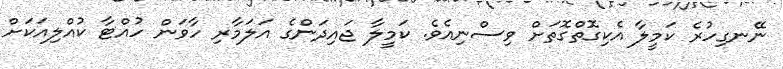
ނޭނގިހުރެ ކަމީލާ އެކިގޮތްގޮތަށް ވިސްނިއެވެ. ކަމީލާ ޖައިދަންގެ އަލަމާރި ހާވަން ހުއްޓާ ކުއްލިއަކަށް